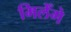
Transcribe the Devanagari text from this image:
मिलेँगे